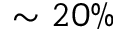
\sim 2 0 \%